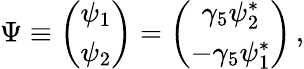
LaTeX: \Psi\equiv\left(\begin{array}{c}{{\psi_{1}}}\\ {{\psi_{2}}}\end{array}\right)=\left(\begin{array}{c}{{\gamma_{5}\psi_{2}^{*}}}\\ {{-\gamma_{5}\psi_{1}^{*}}}\end{array}\right)\, ,